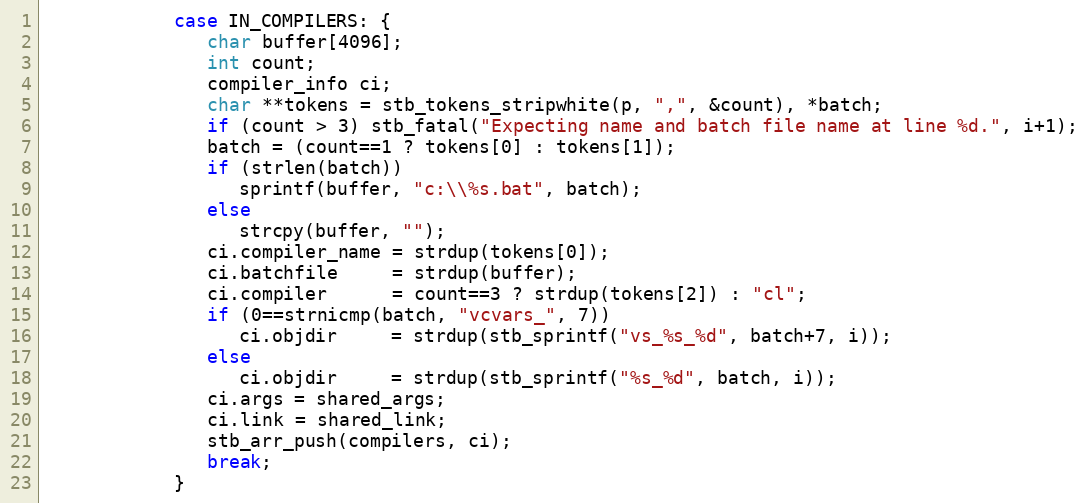
Language: C
            case IN_COMPILERS: {
               char buffer[4096];
               int count;
               compiler_info ci;
               char **tokens = stb_tokens_stripwhite(p, ",", &count), *batch;
               if (count > 3) stb_fatal("Expecting name and batch file name at line %d.", i+1);
               batch = (count==1 ? tokens[0] : tokens[1]);
               if (strlen(batch))
                  sprintf(buffer, "c:\\%s.bat", batch);
               else
                  strcpy(buffer, "");
               ci.compiler_name = strdup(tokens[0]);
               ci.batchfile     = strdup(buffer);
               ci.compiler      = count==3 ? strdup(tokens[2]) : "cl";
               if (0==strnicmp(batch, "vcvars_", 7))
                  ci.objdir     = strdup(stb_sprintf("vs_%s_%d", batch+7, i));
               else
                  ci.objdir     = strdup(stb_sprintf("%s_%d", batch, i));
               ci.args = shared_args;
               ci.link = shared_link;
               stb_arr_push(compilers, ci);
               break;
            }